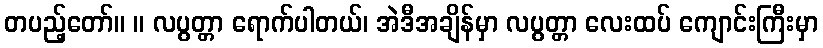
တပည့်တော်။ ။ လပွတ္တာ ရောက်ပါတယ်၊ အဲဒီအချိန်မှာ လပွတ္တာ လေးထပ် ကျောင်းကြီးမှာ